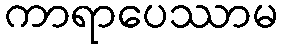
ကာရာပေဿာမ